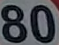
80